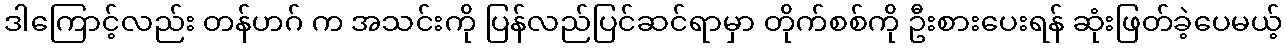
ဒါကြောင့်လည်း တန်ဟဂ် က အသင်းကို ပြန်လည်ပြင်ဆင်ရာမှာ တိုက်စစ်ကို ဦးစားပေးရန် ဆုံးဖြတ်ခဲ့ပေမယ့်